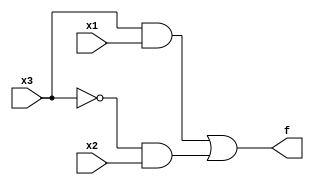
module top_module( 
    input x3,
    input x2,
    input x1,  // three inputs
    output f   // one output
);
    wire x,y,z;
    not(x,x3);
    and(y,x3,x1);
    and(z,x,x2);
    or(f,y,z);

endmodule